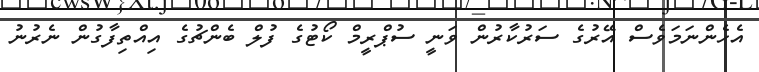
އެހެންނަމަވެސް އޭރުގެ ސަރުކާރުން ވަނީ ސުޕްރީމް ކޯޓުގެ ފުލް ބެންޗުގެ އިއްތިފާގުން ނެރުނު